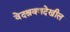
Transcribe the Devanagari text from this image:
वेदश्रवणदेखील